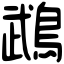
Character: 鵡